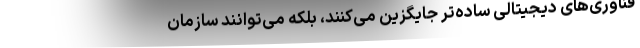
فناوری‌های دیجیتالی ساده‌تر جایگزین می‌کنند، بلکه می‌توانند سازمان